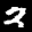
Label: 2